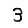
Digit: 3